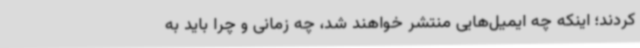
کردند؛ اینکه چه ایمیل‌هایی منتشر خواهند شد، چه زمانی و چرا باید به